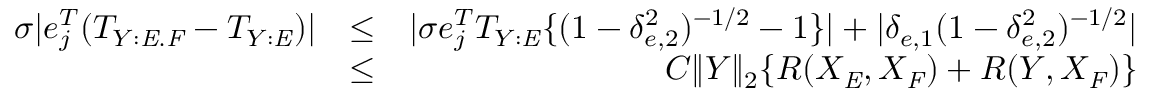
\begin{array} { r l r } { \sigma | e _ { j } ^ { T } ( T _ { Y : \mathit { E } . \mathit { F } } - T _ { Y : \mathit { E } } ) | } & { \leq } & { | \sigma e _ { j } ^ { T } T _ { Y : \mathit { E } } \{ ( 1 - \delta _ { e , 2 } ^ { 2 } ) ^ { - 1 / 2 } - 1 \} | + | \delta _ { e , 1 } ( 1 - \delta _ { e , 2 } ^ { 2 } ) ^ { - 1 / 2 } | } \\ & { \leq } & { C \| Y \| _ { 2 } \{ R ( X _ { \mathit { E } } , X _ { \mathit { F } } ) + R ( Y , X _ { \mathit { F } } ) \} } \end{array}